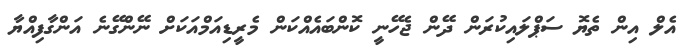
އެލް އިން ތެޔޮ ސަޕްލައިކުރަން ދޭން ޖެހޭނީ ކޮންބައެއްކަން މެރީޑިއަމްއަކަށް ނޭންގޭނެ އަންގާފިއްޔާ